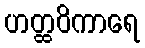
ဟတ္ထဝိကာရေ